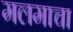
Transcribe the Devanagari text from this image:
मलमाचा